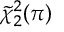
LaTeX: \tilde { \chi } _ { 2 } ^ { 2 } ( \pi )